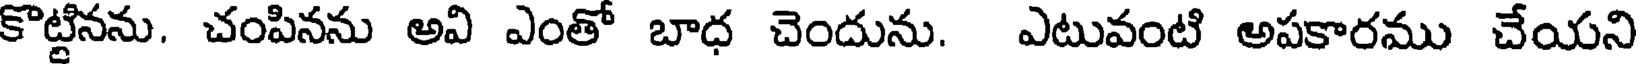
కొట్టినను. చంపినను అవి ఎంతో బాధ చెందును. ఎటువంటి అపకారము చేయని